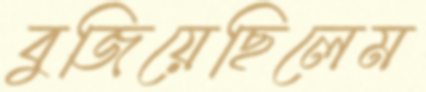
বুজিয়েছিলেম